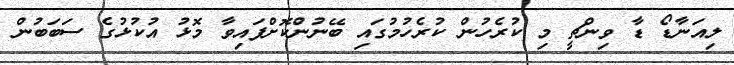
ލިއަނާޑޯ ޑާ ވިންޗީ މި ކުރެހުން ކުރެހުމުގައި ބޭނުންކޮށްފައިވާ މޮޅު އުކުޅުގެ ސަބަބުން